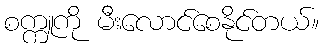
စက္ကူကို မီးလောင်စေနိုင်တယ်။